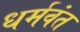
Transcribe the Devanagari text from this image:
धर्मवंत